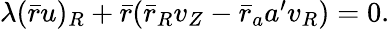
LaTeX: \begin{array}{r}{\lambda(\bar{r}u)_{R}+\bar{r}(\bar{r}_{R}v_{Z}-\bar{r}_{a}{a}^{\prime}v_{R})=0.}\end{array}